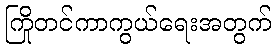
ကြိုတင်ကာကွယ်ရေးအတွက်